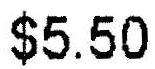
$5.50